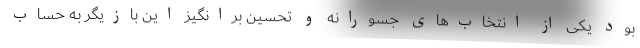
بود یکی از انتخاب‌های جسورانه و تحسین برانگیز این بازیگر به حساب